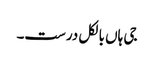
جی ہاں بالکل درست۔